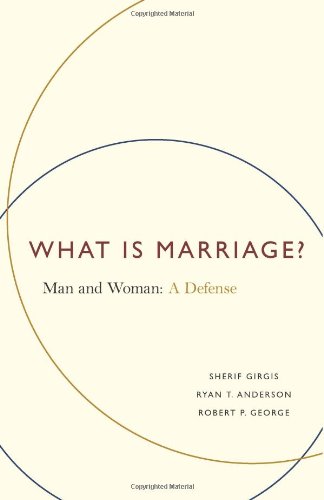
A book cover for What Is Marriage?: Man and Woman: A Defense; Sherif Girgis; Politics & Social Sciences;